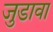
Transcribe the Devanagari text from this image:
जुडावा